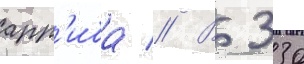
арр'иба // В 330